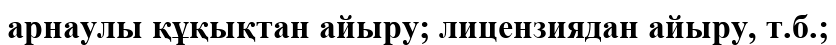
арнаулы құқықтан айыру; лицензиядан айыру, т.б.;